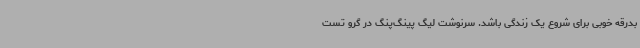
بدرقه خوبی برای شروع یک زندگی باشد. سرنوشت لیگ پینگ‌پنگ در گرو تست